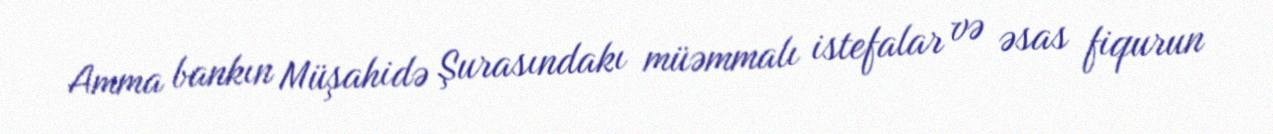
Amma bankın Müşahidə Şurasındakı müəmmalı istefalar və əsas fiqurun